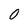
Character: 0